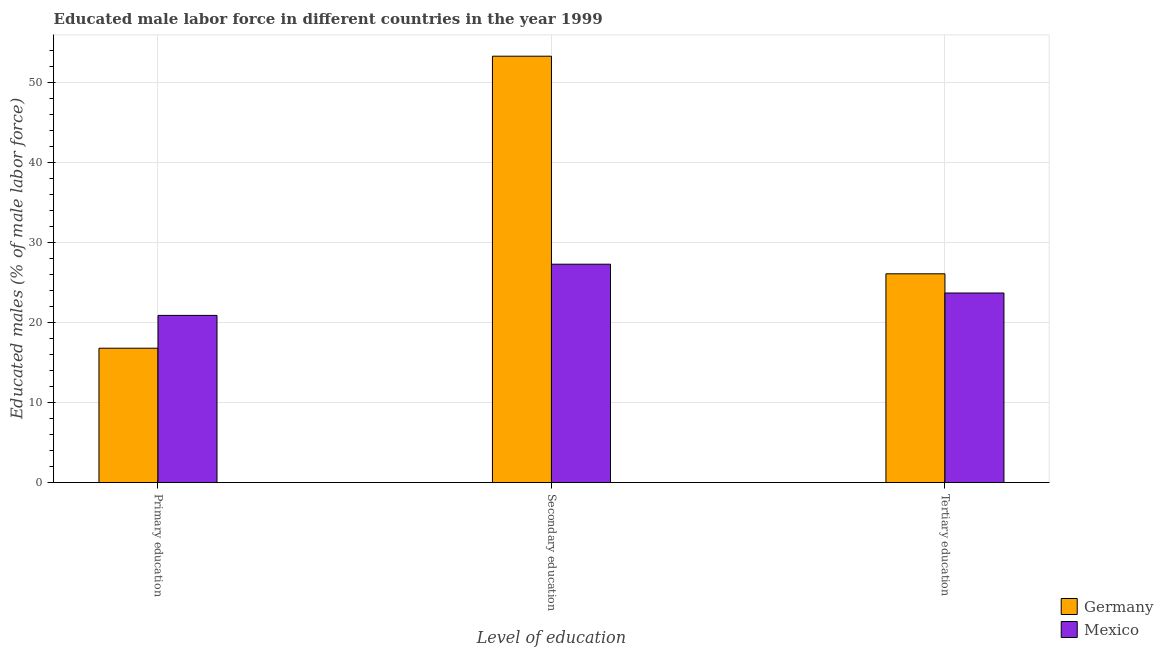
| Level of education | Germany | Mexico |
 | --- | --- | --- |
 | Primary education | 16.8 | 20.9 |
 | Secondary education | 53.3 | 27.3 |
 | Tertiary education | 26.1 | 23.7 |